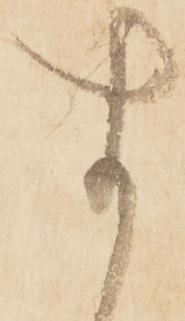
す